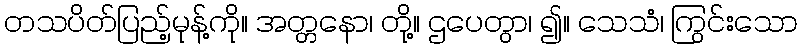
တသပိတ်ပြည့်မုန့်ကို။ အတ္တနော၊ တို့။ ဌပေတွာ၊ ၍။ သေသံ၊ ကြွင်းသော